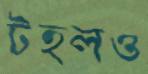
টহলও